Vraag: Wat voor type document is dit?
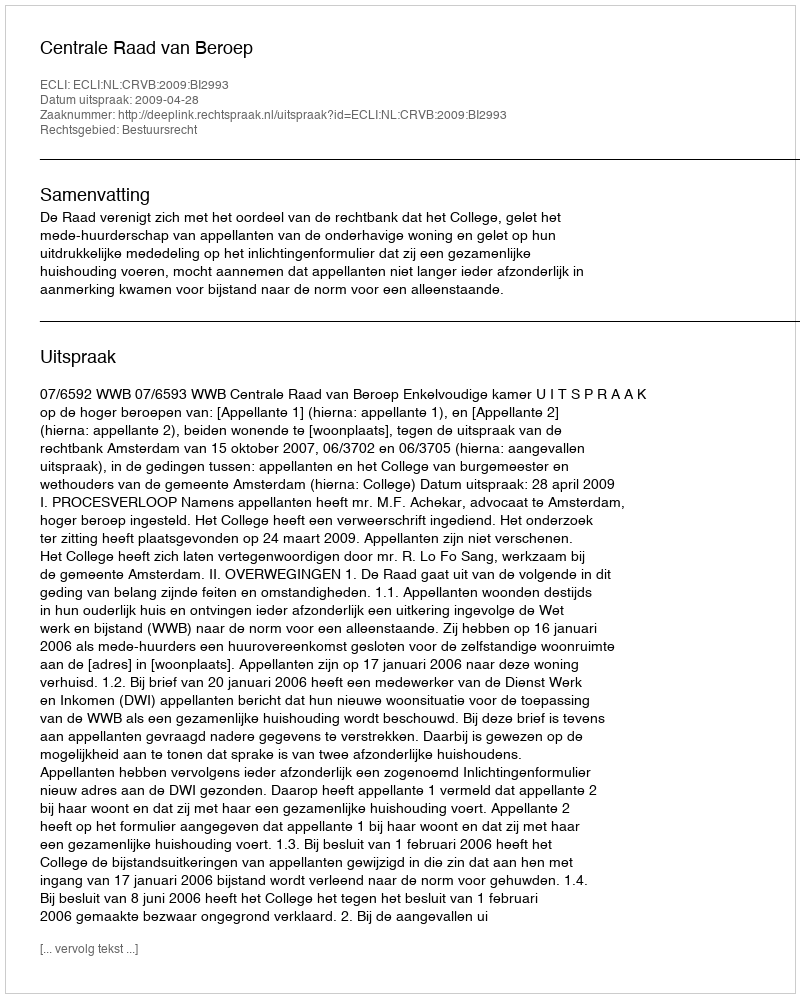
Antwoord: Uitspraak